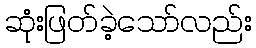
ဆုံးဖြတ်ခဲ့သော်လည်း